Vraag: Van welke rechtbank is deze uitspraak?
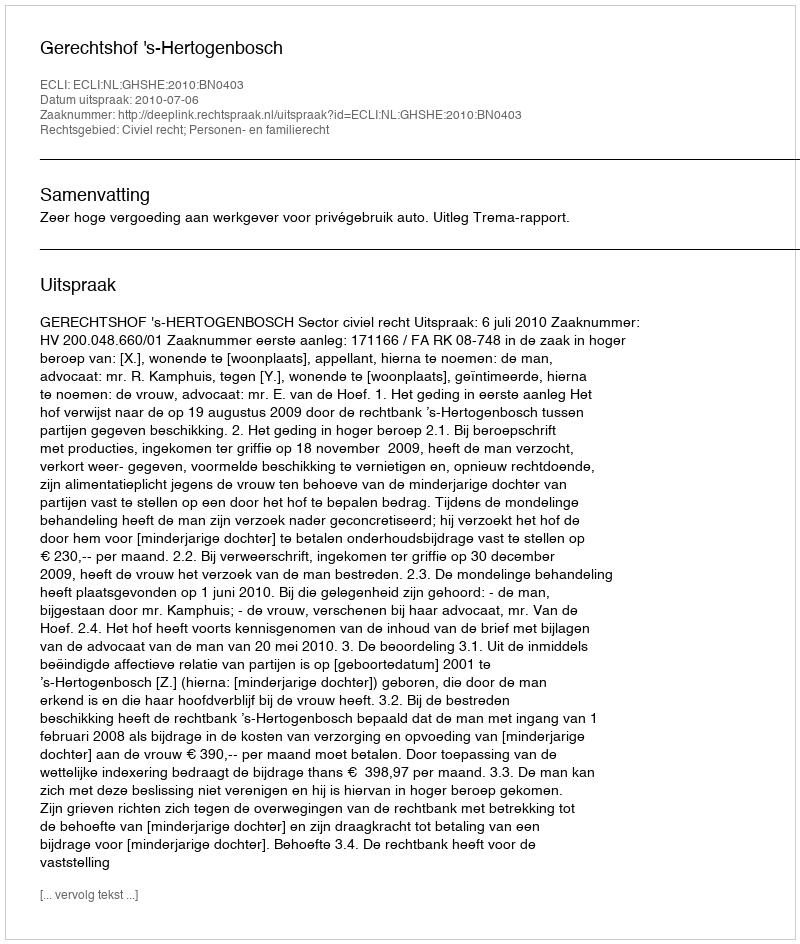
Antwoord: Gerechtshof 's-Hertogenbosch